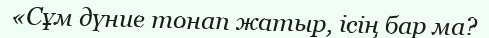
«Сұм дүние тонап жатыр, ісің бар ма?